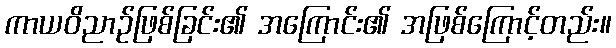
ကာယဝိညာဉ်ဖြစ်ခြင်း၏ အကြောင်း၏ အဖြစ်ကြောင့်တည်း။